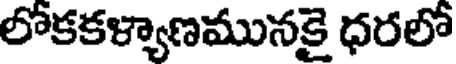
లోకకళ్యాణమునకై ధరలో